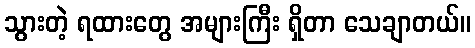
သွားတဲ့ ရထားတွေ အများကြီး ရှိတာ သေချာတယ်။